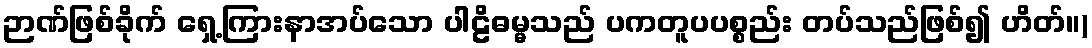
ဉာဏ်ဖြစ်ခိုက် ရှေ့ကြားနာအပ်သော ပါဠိဓမ္မသည် ပကတူပပစ္စည်း တပ်သည်ဖြစ်၍ ဟိတ်။)